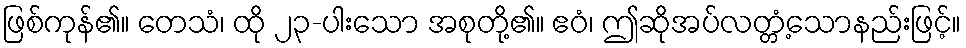
ဖြစ်ကုန်၏။ တေသံ၊ ထို ၂၃-ပါးသော အစုတို့၏။ ဧဝံ၊ ဤဆိုအပ်လတ္တံ့သောနည်းဖြင့်။